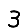
Digit: 3